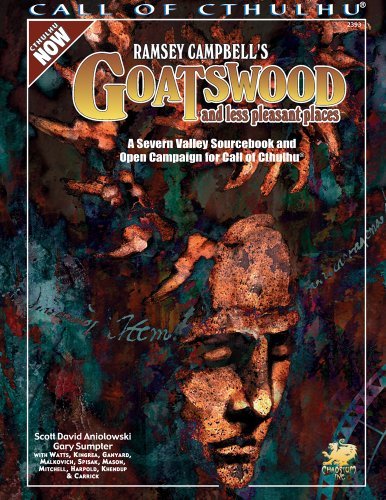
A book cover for Ramsey Campbell's Goatswood and Less Pleasant Places: A Present Day Severn Valley Sourcebook and Campaign (Call of Cthulhu roleplaying); Scott David Aniolowski; Science Fiction & Fantasy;